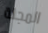
المجلة